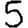
Digit: 5